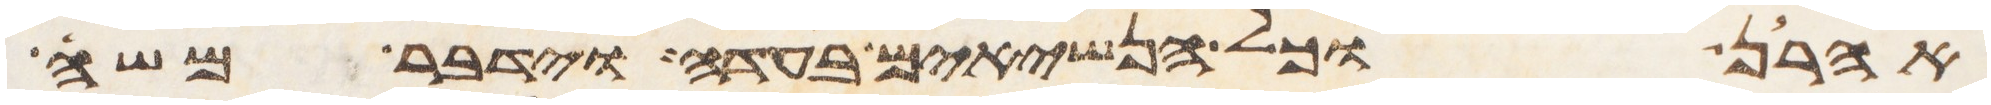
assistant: אהרן וכל הנשיאים בעדה וידבר משה